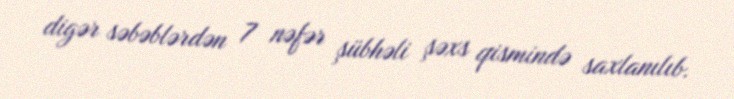
digər səbəblərdən 7 nəfər şübhəli şəxs qismində saxlanılıb.